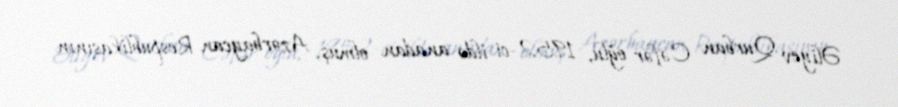
Əliyev Qurban Cəfər oğlu, 1952-ci ildə anadan olmuş, Azərbaycan Respublikasının